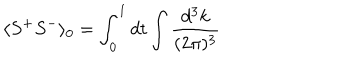
LaTeX: \langle S ^ { + } S ^ { - } \rangle _ { 0 } = \int _ { 0 } ^ { 1 } d t \int \frac { d ^ { 3 } k } { ( 2 \pi ) ^ { 3 } }